Civil Veterinary Dept. Bombay admin report 1907-1913 - 1907-1913
Year: 1907
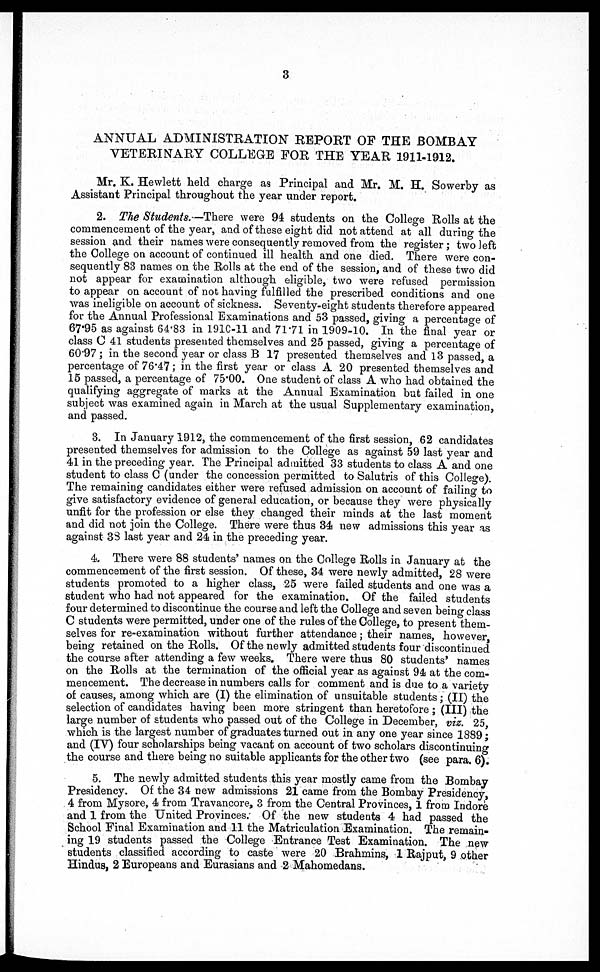
3
ANNUAL ADMINISTRATION REPORT OF THE BOMBAY
VETERINARY COLLEGE FOR THE YEAR 1911-1912.
Mr. K. Hewlett held charge as Principal and Mr. M. H. Sowerby as
Assistant Principal throughout the year under report.
2. The Students.—There were 94 students on the College Rolls at the
commencement of the year, and of these eight did not attend at all during the
session and their names were consequently removed from the register; two left
the College on account of continued ill health and one died. There were con-
sequently 83 names on the Rolls at the end of the session, and of these two did
not appear for examination although eligible, two were refused permission
to appear on account of not having fulfilled the prescribed conditions and one
was ineligible on account of sickness. Seventy-eight students therefore appeared
for the Annual Professional Examinations and 53 passed, giving a percentage of
67.95 as against 64.83 in 191C-11 and 7171 in 1909-10. In the final year or
class C 41 students presented themselves and 25 passed, giving a percentage of
60.97; in the second year or class B 17 presented themselves and 13 passed, a
percentage of 76.47; in the first year or class A 20 presented themselves and
15 passed, a percentage of 75.00. One student of class A who had obtained the
qualifying aggregate of marks at the Annual Examination but failed in one
subject was examined again in March at the usual Supplementary examination,
and passed.
3. In January 1912, the commencement of the first session, 62 candidates
presented themselves for admission to the College as against 59 last year and
41 in the preceding year. The Principal admitted 33 students to class A and one
student to class C (under the concession permitted to Salutris of this College).
The remaining candidates either were refused admission on account of failing to
give satisfactory evidence of general education, or because they were physically
unfit for the profession or else they changed their minds at the last moment
and did not join the College. There were thus 34 new admissions this year as
against 38 last year and 24 in the preceding year.
4. There were 88 students' names on the College Rolls in January at the
commencement of the first session. Of these, 34 were newly admitted, 28 were
students promoted to a higher class, 25 were failed students and one was a
student who had not appeared for the examination. Of the failed students
four determined to discontinue the course and left the College and seven being class
C students were permitted, under one of the rules of the College, to present them-
selves for re-examination without further attendance; their names, however,
being retained on the Rolls. Of the newly admitted students four discontinued
the course after attending a few weeks. There were thus 80 students' names
on the Rolls at the termination of the official year as against 94 at the com-
mencement. The decrease in numbers calls for comment and is due to a variety
of causes, among which are (I) the elimination of unsuitable students; (II) the
selection of candidates having been more stringent than heretofore; (III) the
large number of students who passed out of the College in December, viz. 25,
which is the largest number of graduates turned out in any one year since 1889;
and (IV) four scholarships being vacant on account of two scholars discontinuing
the course and there being no suitable applicants for the other two (see para. 6).
5. The newly admitted students this year mostly came from the Bombay
Presidency. Of the 34 new admissions 21 came from the Bombay Presidency,
4 from Mysore, 4 from Travancore, 3 from the Central Provinces, 1 from Indore
and 1 from the United Provinces. Of the new students 4 had passed the
School Final Examination and 11 the Matriculation Examination. The remain-
ing 19 students passed the College Entrance Test Examination. The new
students classified according to caste were 20 Brahmins, 1 Rajput, 9 other
Hindus, 2 Europeans and Eurasians and 2 Mahomedans.